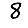
Digit: 8